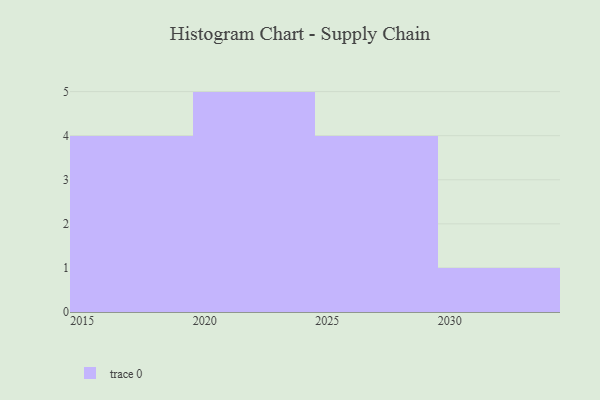
{"axis": {"x": "Year", "y": "Energy Usage (MWh)"}, "legend": [""], "data": [{"x": "2017", "y": 16, "type": ""}, {"x": "2029", "y": 72, "type": ""}, {"x": "2028", "y": 5, "type": ""}, {"x": "2019", "y": 23, "type": ""}, {"x": "2018", "y": 81, "type": ""}, {"x": "2021", "y": 68, "type": ""}, {"x": "2030", "y": 94, "type": ""}, {"x": "2016", "y": 1, "type": ""}, {"x": "2023", "y": 100, "type": ""}, {"x": "2024", "y": 36, "type": ""}, {"x": "2027", "y": 95, "type": ""}, {"x": "2022", "y": 12, "type": ""}, {"x": "2020", "y": 57, "type": ""}, {"x": "2025", "y": 23, "type": ""}]}